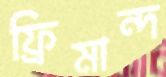
ফ্রিমান্দ